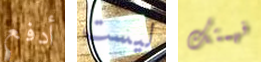
أدفع ليست فهمتك